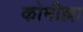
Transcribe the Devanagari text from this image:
कोमील्ला